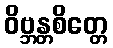
ဝိဗ္ဘန္တစိတ္တေ